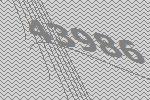
43986